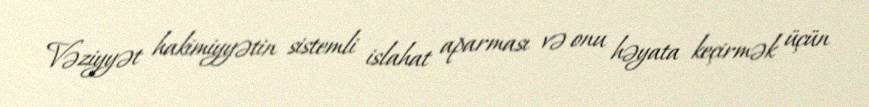
Vəziyyət hakimiyyətin sistemli islahat aparması və onu həyata keçirmək üçün